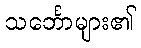
သင်္ဘောများ၏